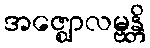
အဇ္ဈောလမ္ဗန္တိ